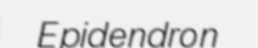
Epidendron